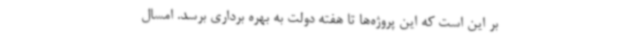
بر این است که این پروژه‌ها تا هفته دولت به بهره برداری برسد. امسال